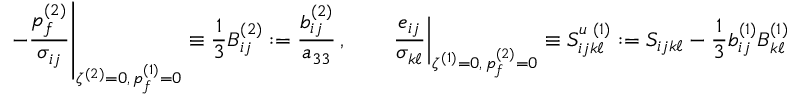
\left. - \frac { p _ { f } ^ { ( 2 ) } } { \sigma _ { i j } } \right| _ { \zeta ^ { ( 2 ) } = 0 , \, p _ { f } ^ { ( 1 ) } = 0 } \equiv \frac { 1 } { 3 } B _ { i j } ^ { ( 2 ) } : = \frac { b _ { i j } ^ { ( 2 ) } } { a _ { 3 3 } } \, , \qquad \left. \frac { e _ { i j } } { \sigma _ { k \ell } } \right| _ { \zeta ^ { ( 1 ) } = 0 , \, p _ { f } ^ { ( 2 ) } = 0 } \equiv S _ { i j k \ell } ^ { u \, \, ( 1 ) } : = S _ { i j k \ell } - \frac { 1 } { 3 } b _ { i j } ^ { ( 1 ) } B _ { k \ell } ^ { ( 1 ) }